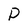
Character: P